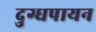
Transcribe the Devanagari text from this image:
दुग्धपायन